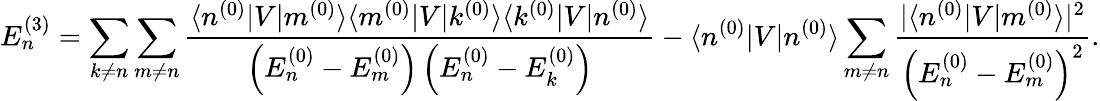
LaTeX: E_{n}^{(3)}=\sum_{k\neq n}\sum_{m\neq n}{\frac{\langle n^{(0)}|V|m^{(0)}\rangle\langle m^{(0)}|V|k^{(0)}\rangle\langle k^{(0)}|V|n^{(0)}\rangle}{\left(E_{n}^{(0)}-E_{m}^{(0)}\right)\left(E_{n}^{(0)}-E_{k}^{(0)}\right)}}-\langle n^{(0)}|V|n^{(0)}\rangle\sum_{m\neq n}{\frac{|\langle n^{(0)}|V|m^{(0)}\rangle|^{2}}{\left(E_{n}^{(0)}-E_{m}^{(0)}\right)^{2}}}.